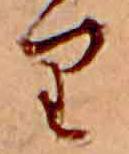
り